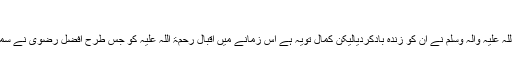
زندہ باد افضل رضوی زندہ باد:
اقبال رحمۃ اللہ علیہ تو زندہ باد ہیں ہی ان کے عشقِ رسول صلی اللہ علیہ وآلہ وسلم نے ان کو زندہ بادکردیالیکن کمال تویہ ہے اس زمانے میں اقبال رحمۃ اللہ علیہ کو جس طرح افضل رضویؔ نے سمجھا اور ملت کے سامنے پیش کیاہے، یہ کہنا بالکل درست ہوگا۔